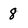
Character: 8